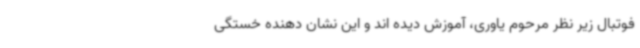
فوتبال زیر نظر مرحوم یاوری، آموزش دیده اند و این نشان دهنده خستگی